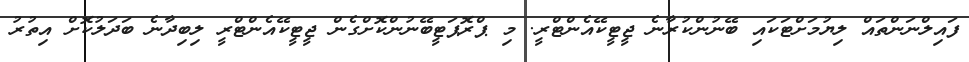
ފައިލްނަންތައް ލިޔުމަށްޓަކައި ބޭނުންކުރާނެ ޖީޓީކޭއެންޓްރީ. މި ޕްރޮޕަޓީބޭނުންކޮށްގެން ޖީޓީކޭއެންޓްރީ ލިބިދާނެ ބަދަލުކޮށް އިތުރު